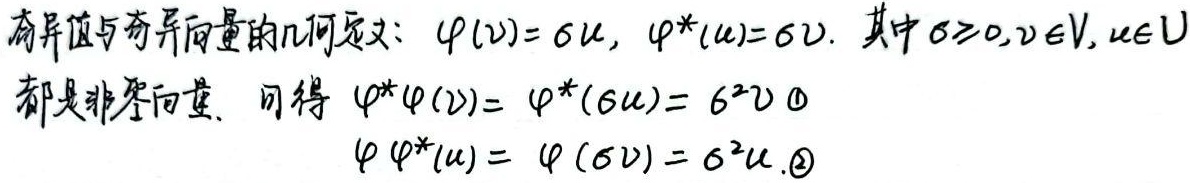
奇异值与奇异向量的几何定义：\(\varphi(\boldsymbol{v}) = \sigma\boldsymbol{u}\)，\(\varphi^{*}(\boldsymbol{u}) = \sigma\boldsymbol{v}\)。其中\(\sigma\geq0\)，\(\boldsymbol{v}\in V\)，\(\boldsymbol{u}\in U\)都是非零向量。可得
\[\varphi^{*}\varphi(\boldsymbol{v}) = \varphi^{*}(\sigma\boldsymbol{u}) = \sigma^{2}\boldsymbol{v}\quad\textcircled{1}\]
\[\varphi\varphi^{*}(\boldsymbol{u}) = \varphi(\sigma\boldsymbol{v}) = \sigma^{2}\boldsymbol{u}\quad\textcircled{2}\]